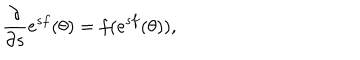
\frac { \partial } { \partial s } \mathrm { e } ^ { s f } ( \theta ) = f ( \mathrm { e } ^ { s f } ( \theta ) ) ,